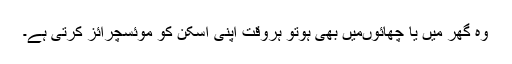
وہ گھر میں یا چھائوںمیں بھی ہوتو ہروقت اپنی اسکن کو موئسچرائز کرتی ہے۔